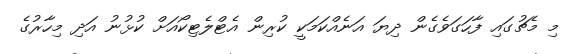
މި މެޗުގައި ފާހަގަވެގެން ދިޔަ އަނެއްކަމަކީ ކުރިން އެޓްލެޓިކޯއަށް ކުޅުނު އަދި މިހާރުގެ